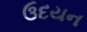
ઉદયન